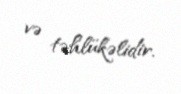
və təhlükəlidir.